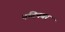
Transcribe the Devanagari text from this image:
नंदिनगर